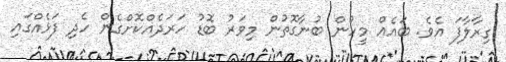
ގިރާލާފަ އެވެ. ބައެއް މީހުން ބުނާގޮތުން މިވަރު ބޮޑު ހަރަދެއްކޮށްގެން ހެދި ފަޅެއްގައި